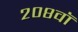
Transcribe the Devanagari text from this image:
२०८वॉ